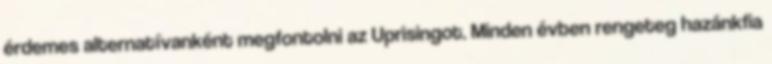
érdemes alternatívanként megfontolni az Uprisingot. Minden évben rengeteg hazánkfia